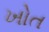
ખોત